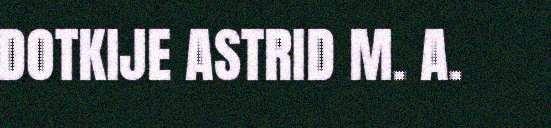
DOTKIJE ASTRID M. A.